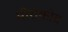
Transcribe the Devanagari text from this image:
मोराकोट